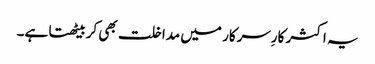
یہ اکثر کارِسرکار میں مداخلت بھی کربیٹھتا ہے۔